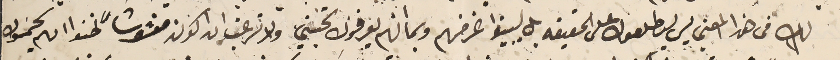
لك فى هذا المعني ليس ليطلعوك على الحقيقه بل ليبينوا غرضهم وبما انهم يعرفوك تحبني ولا ترغب ان اكون مغشوشاً ظنوا انهم سيحموك